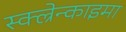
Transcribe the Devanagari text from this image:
स्क्ल्रेन्काइमा